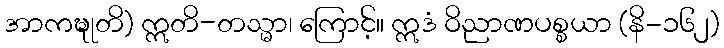
အာကဍ္ဎုတိ) ဣတိ-တသ္မာ၊ ကြောင့်။ ဣဒံ ဝိညာဏပစ္စယာ (နိ-၁၆၂)